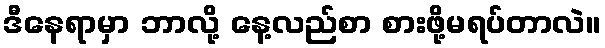
ဒီနေရာမှာ ဘာလို့ နေ့လည်စာ စားဖို့မရပ်တာလဲ။